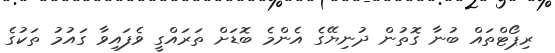
ރިޕޯޓްތައް ބުނާ ގޮތުން ދުނިޔޭގެ އެންމެ ބޮޑަށް ތަރައްގީ ވެފައިވާ ގައުމު ތަކުގެ